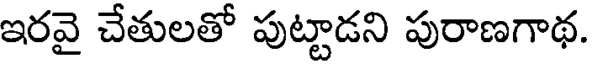
ఇరవై చేతులతో పుట్టాడని పురాణగాథ.